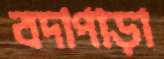
বদাপাড়া